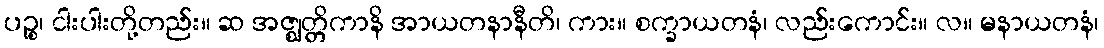
ပဉ္စ၊ ငါးပါးတို့တည်း။ ဆ အဇ္ဈတ္တိကာနိ အာယတနာနီတိ၊ ကား။ စက္ခာယတနံ၊ လည်းကောင်း။ လ။ မနာယတနံ၊